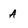
Character: A